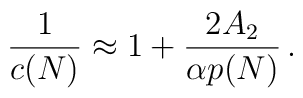
{1 \over c(N)} \approx 1 +  {2 A_2 \over \alpha p(N)} \, .